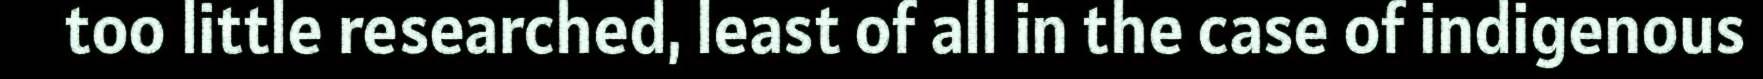
too little researched, least of all in the case of indigenous